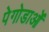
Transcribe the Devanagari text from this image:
पेगोडाओं